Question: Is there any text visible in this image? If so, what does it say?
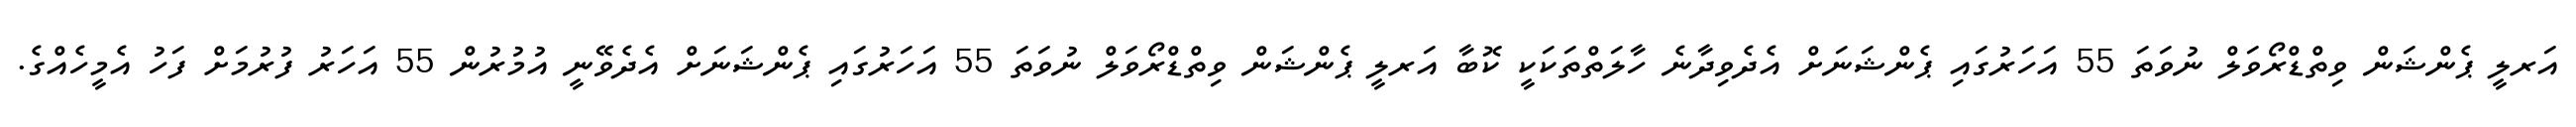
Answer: އަރލީ ޕެންޝަން ވިތްޑްރޯވަލް ނުވަތަ 55 އަހަރުގައި ޕެންޝަނަށް އެދެވިދާނެ ހާލަތްތަކަކީ ކޮބާ އަރލީ ޕެންޝަން ވިތްޑްރޯވަލް ނުވަތަ 55 އަހަރުގައި ޕެންޝަނަށް އެދެވޭނީ އުމުރުން 55 އަހަރު ފުރުމަށް ފަހު އެމީހެއްގެ.